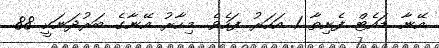
އޭނާ ޑައެޓް ފެށިތާ 1 އަހަރު ފަހެވެ. މިހާރު އޭނާގެ ބަރުދަނަކީ 88